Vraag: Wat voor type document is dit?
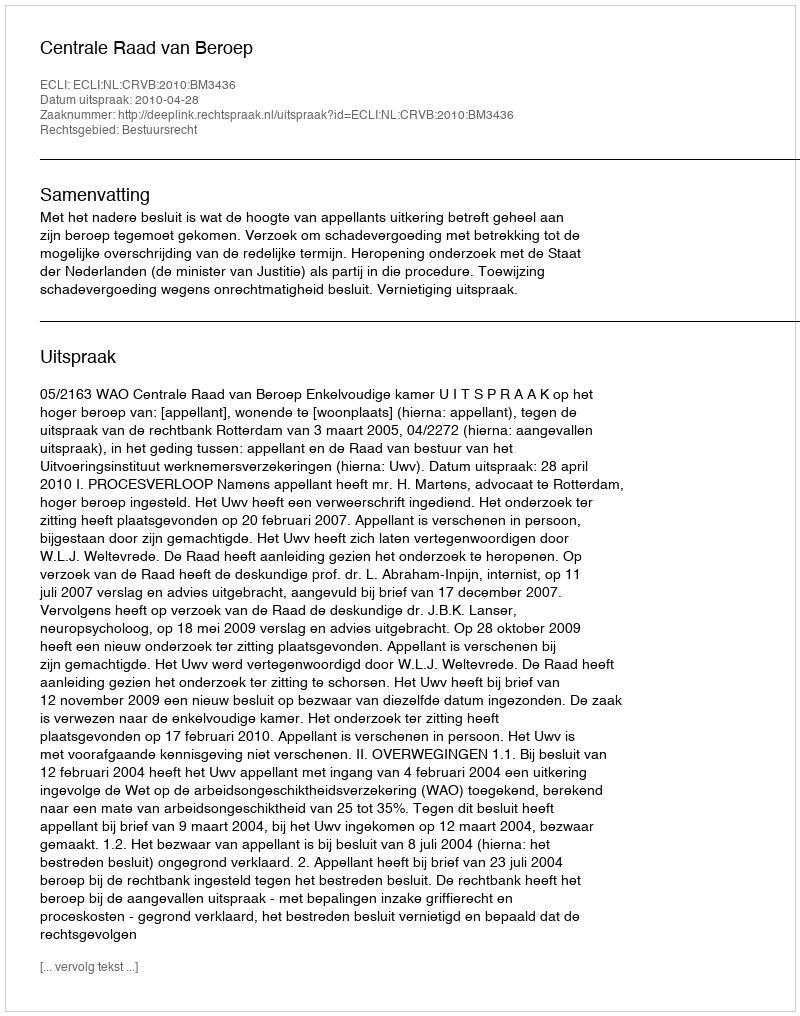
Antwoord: Uitspraak